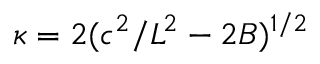
\kappa = 2 ( c ^ { 2 } / L ^ { 2 } - 2 B ) ^ { 1 / 2 }